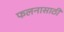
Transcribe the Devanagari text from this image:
फलनासाठी